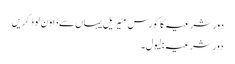
دور شرعیہ کا کورس مٹیریل یہاں سے ڈاون لوڈ کریں
دور شرعیہ : لیول۔